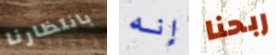
بانتظارنا إنه ربحنا